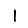
Digit: 1